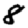
Digit: 8